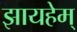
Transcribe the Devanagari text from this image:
झायहेम्